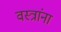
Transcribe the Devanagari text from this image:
वस्त्रांना